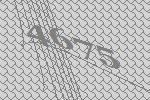
4675